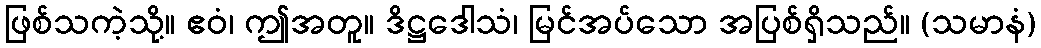
ဖြစ်သကဲ့သို့။ ဧဝံ၊ ဤအတူ။ ဒိဋ္ဌဒေါသံ၊ မြင်အပ်သော အပြစ်ရှိသည်။ (သမာနံ)